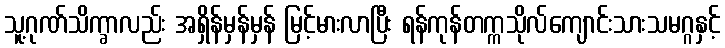
သူ့ဂုဏ်သိက္ခာလည်း အရှိန်မှန်မှန် မြင့်မားလာပြီး ရန်ကုန်တက္ကသိုလ်ကျောင်းသားသမဂ္ဂနှင့်